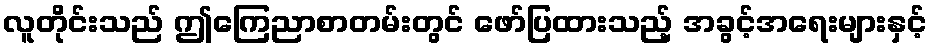
လူတိုင်းသည် ဤကြေညာစာတမ်းတွင် ဖော်ပြထားသည့် အခွင့်အရေးများနှင့်